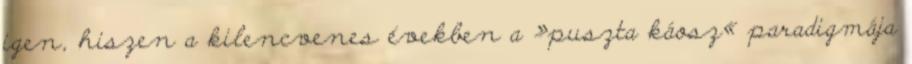
igen, hiszen a kilencvenes években a »puszta káosz« paradigmája